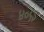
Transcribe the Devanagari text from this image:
४०५२